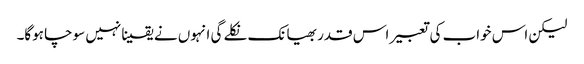
لیکن اس خواب کی تعبیر اس قدر بھیانک نکلے گی انہوں نے یقینا نہیں سوچا ہوگا۔